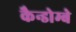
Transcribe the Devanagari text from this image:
कैन्डोम्बे